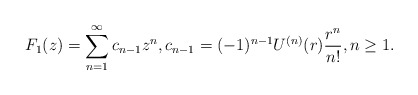
\begin{align*}F_1(z)= \sum_{n=1}^\infty c_{n-1}z^n,c_{n-1}= (-1)^{n-1} U^{(n)}(r) \frac{r^n}{n!}, n\ge1.\end{align*}